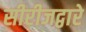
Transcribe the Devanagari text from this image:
सीरीजद्वारे